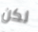
لكن